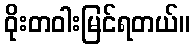
ဝိုးတဝါးမြင်ရတယ်။